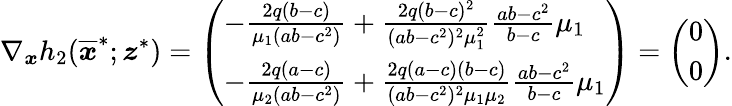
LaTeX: \nabla_{\boldsymbol{x}}h_{2}(\overline{{\boldsymbol{x}}}^{*};\boldsymbol{z}^{*})={\left(\begin{array}{l}{-\frac{2q(b-c)}{\mu_{1}(ab-c^{2})}+\frac{2q(b-c)^{2}}{(ab-c^{2})^{2}\mu_{1}^{2}}\frac{ab-c^{2}}{b-c}\mu_{1}}\\ {-\frac{2q(a-c)}{\mu_{2}(ab-c^{2})}+\frac{2q(a-c)(b-c)}{(ab-c^{2})^{2}\mu_{1}\mu_{2}}\frac{ab-c^{2}}{b-c}\mu_{1}}\end{array}\right)}={\left(\begin{array}{l}{0}\\ {0}\end{array}\right)}.